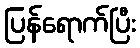
ပြန်ရောက်ပြီး